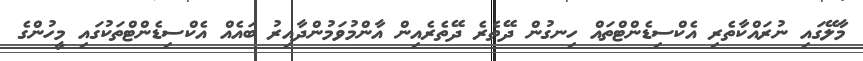
މާލޭގައި ނުރައްކާތެރި އެކްސިޑެންޓްތައް ހިނގުން ދޭތެރެ ދޭތެރެއިން އާންމުވަމުންދާއިރު ބައެއް އެކްސިޑެންޓްތަކުގައި މީހުންގެ